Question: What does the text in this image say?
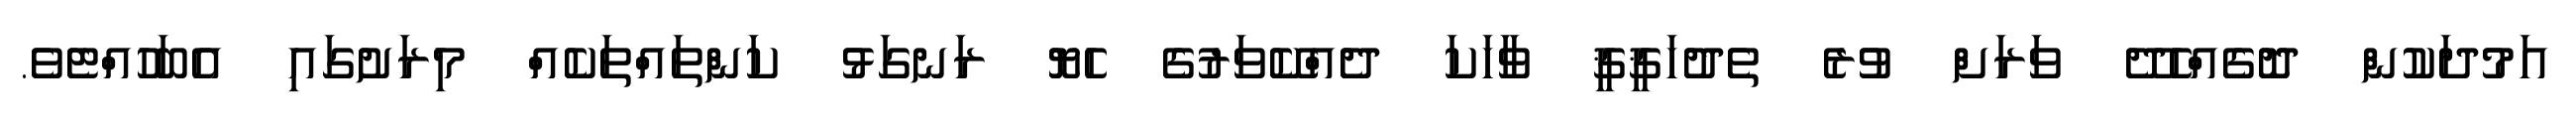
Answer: އަމުދަކުން ދޮގެއްހެދޭ ވަރަށް ވުރެ ތެދުހަޤީޤީ ވާހަކަ ދެއްކޭވަރުގެ ހެޔޮ ރަނގަޅު ކަންތައްތަކެއް މިރަށުގައި އެބަހުއްޓެވެ.